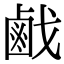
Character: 𢧽